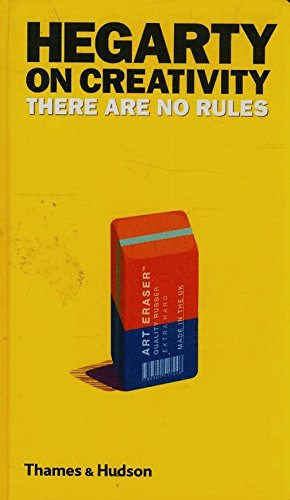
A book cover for Hegarty on Creativity: There Are No Rules; John Hegarty; Health, Fitness & Dieting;